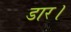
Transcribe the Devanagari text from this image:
डार।